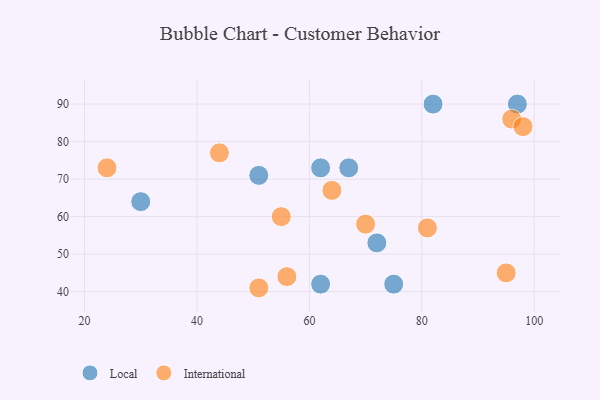
{"axis": {"x": "GDP", "y": "Life Expectancy"}, "legend": ["International", "Local"], "data": [{"x": "97", "y": 90, "type": "Local"}, {"x": "30", "y": 64, "type": "Local"}, {"x": "62", "y": 42, "type": "Local"}, {"x": "75", "y": 42, "type": "Local"}, {"x": "72", "y": 53, "type": "Local"}, {"x": "82", "y": 90, "type": "Local"}, {"x": "67", "y": 73, "type": "Local"}, {"x": "51", "y": 71, "type": "Local"}, {"x": "62", "y": 73, "type": "Local"}, {"x": "24", "y": 73, "type": "International"}, {"x": "55", "y": 60, "type": "International"}, {"x": "56", "y": 44, "type": "International"}, {"x": "96", "y": 86, "type": "International"}, {"x": "44", "y": 77, "type": "International"}, {"x": "70", "y": 58, "type": "International"}, {"x": "81", "y": 57, "type": "International"}, {"x": "51", "y": 41, "type": "International"}, {"x": "64", "y": 67, "type": "International"}, {"x": "98", "y": 84, "type": "International"}, {"x": "95", "y": 45, "type": "International"}]}